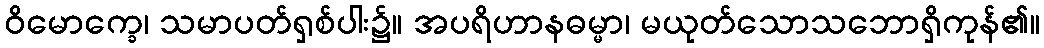
ဝိမောက္ခေ၊ သမာပတ်ရှစ်ပါး၌။ အပရိဟာနဓမ္မာ၊ မယုတ်သောသဘောရှိကုန်၏။